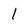
Character: 1